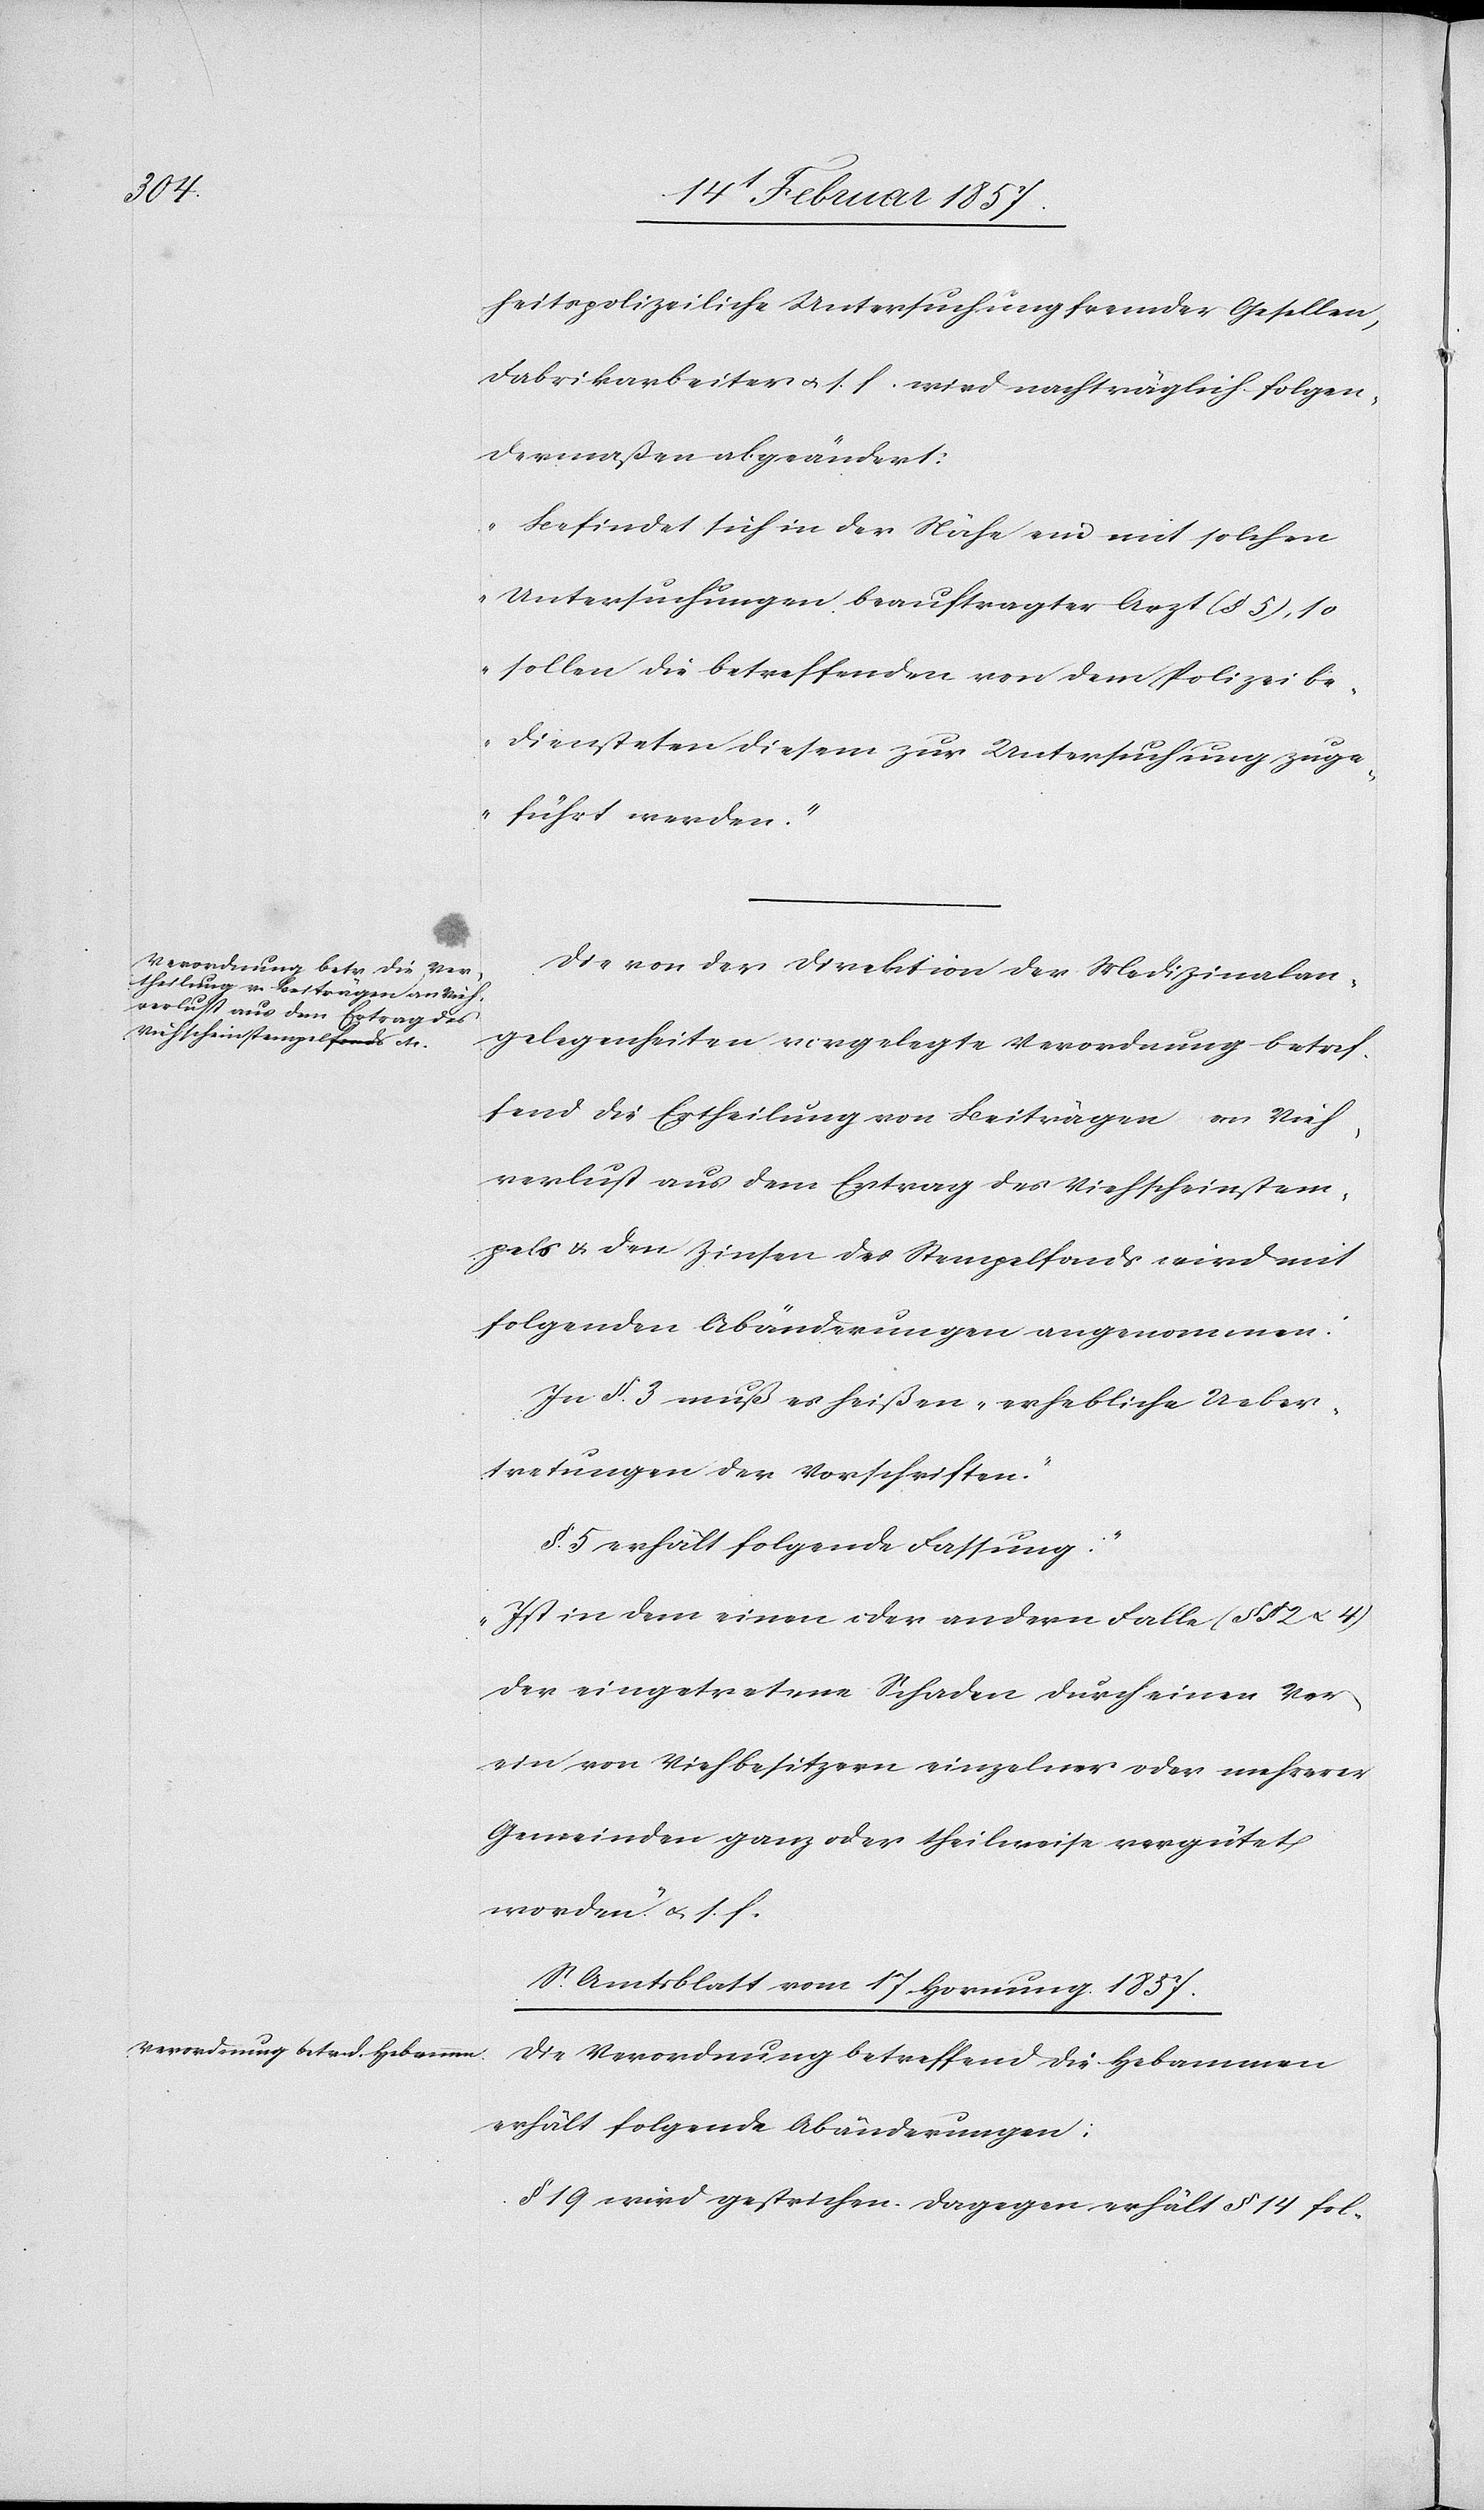
heitspolizeiliche Untersuchung fremder Gesellen,
Fabrikarbeiter u. s. f. wird nachträglich folgen¬
dermaßen abgeändert:
„Befindet sich in der Nähe ein mit solchen
Untersuchungen beauftragter Arzt (§ 5), so
sollen die betreffenden von dem Polizeibe¬
diensteten diesem zur Untersuchung zuge¬
führt werden.“
Die von der Direktion der Medizinalan¬
gelegenheiten vorgelegte Verordnung betr[e]f¬
fend die Ertheilung von Beiträgen an Vieh¬
verlust aus dem Ertrag des Viehscheinstem¬
pels u. den Zinsen des Stempelfonds wird mit
folgenden Abänderungen angenommen:
In §. 3 muß es heißen „erhebliche Ueber¬
tretungen der Vorschriften.“
§. 5 erhält folgende Fassung:
„Ist in dem einen oder andern Falle (§ § 2 u. 4)
der eingetretene Schaden durch einen Ver¬
ein von Viehbesitzern einzelner oder mehrerer
Gemeinden ganz oder theilweise vergütet
worden“ u. s. f.
S. Amtsblatt vom 17 Hornung 1857.
Die Verordnung betreffend die Hebammen
erhält folgende Abänderungen:
§ 19 wird gestrichen. Dagegen erhält § 14 fol-